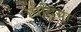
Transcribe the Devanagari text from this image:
बिँदिया